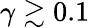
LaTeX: \gamma\gtrsim 0.1